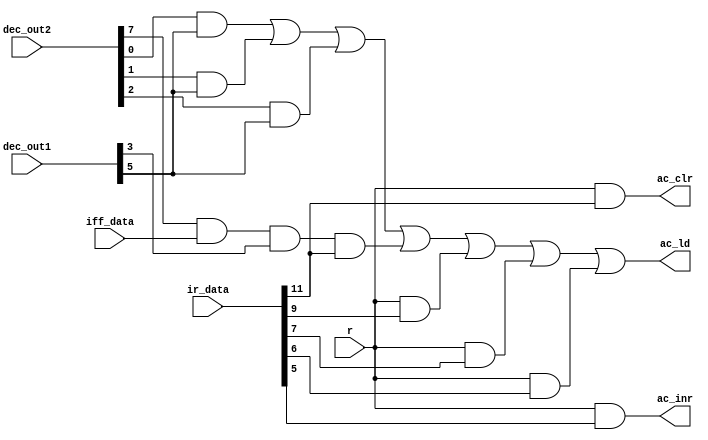

module ControlUnit_ac(dec_out1, dec_out2, iff_data, r, ir_data, ac_ld, ac_inr, ac_clr);

input [7:0] dec_out1, dec_out2;
input iff_data, r;
input [11:0] ir_data;
output ac_ld, ac_inr, ac_clr;

wire w_and, w_add, w_dr, w_inpr, w_com, w_shr, w_shl;
wire p;

and(p, dec_out2[7], iff_data, dec_out1[3]);

and(w_and, dec_out2[0], dec_out1[5]);
and(w_add, dec_out2[1], dec_out1[5]);
and(w_dr, dec_out2[2], dec_out1[5]);
and(w_inpr, p, ir_data[11]);
and(w_com, r, ir_data[9]);
and(w_shr, r, ir_data[7]);
and(w_shl, r, ir_data[6]);
or(ac_ld, w_and, w_add, w_dr, w_inpr, w_com, w_shr, w_shl);

and(ac_inr, r, ir_data[5]);

and(ac_clr, r, ir_data[11]);

endmodule